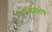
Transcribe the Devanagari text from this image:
भगनावशेष